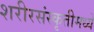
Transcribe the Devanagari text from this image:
शरीरसंस्कृतीमध्ये